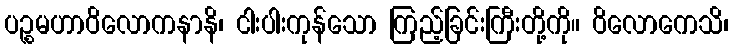
ပဉ္စမဟာဝိလောကနာနိ၊ ငါးပါးကုန်သော ကြည့်ခြင်းကြီးတို့ကို။ ဝိလောကေသိ၊